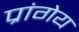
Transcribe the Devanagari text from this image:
प्रांगेय